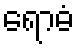
ရောဓံ